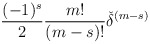
\begin{align*}\frac {(-1)^s} {2} \frac {m!} {(m-s)!}{\check{\delta}}^{(m-s)}\end{align*}